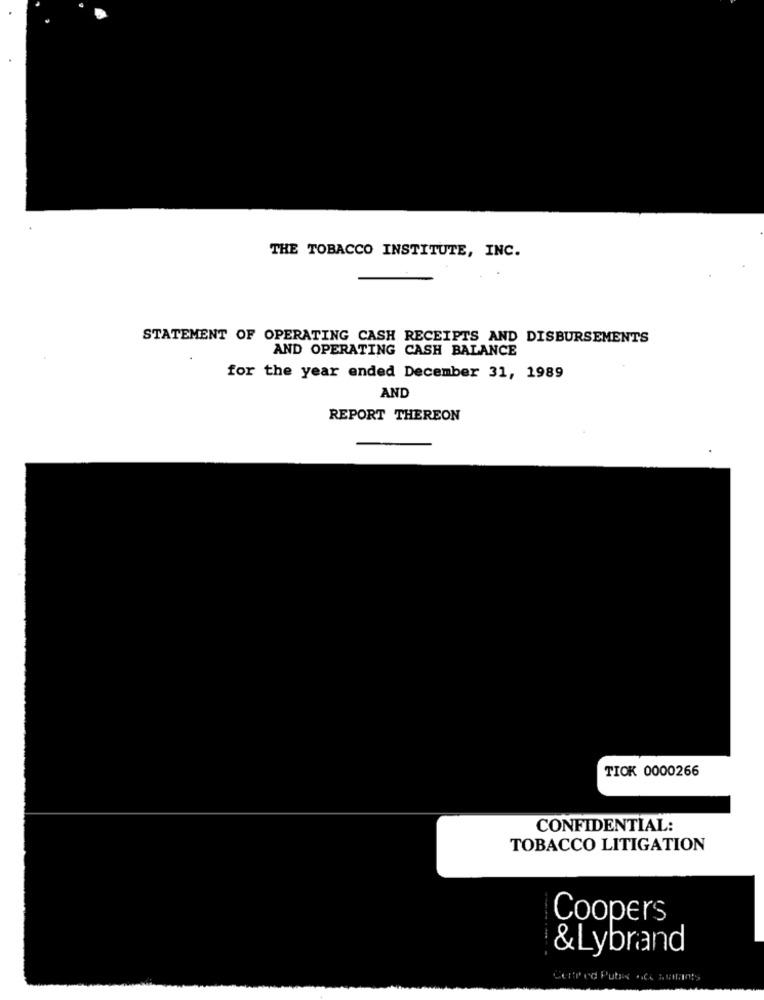
THE TOBACCO INSTITUTE, INC.
STATEMENT OF OPERATING CASH RECEIPTS AND DISBURSEMENTS
AND OPERATING CASH BALANCE
for the year ended December 31, 1989
AND
REPORT THEREON
TIOK 0000266
CONFIDENTIAL:
TOBACCO LITIGATION
Coopers
& Lybrand